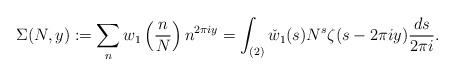
LaTeX: \begin{align*}\Sigma(N, y) := \sum_n w_1 \left(\frac{n}{N}\right) n^{2\pi iy} = \int_{(2)} \check{w}_1(s) N^s \zeta(s - 2\pi i y) \frac{ds}{2\pi i}.\end{align*}